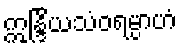
ဣန္ဒြိယသံဝရမ္ပာဟံ